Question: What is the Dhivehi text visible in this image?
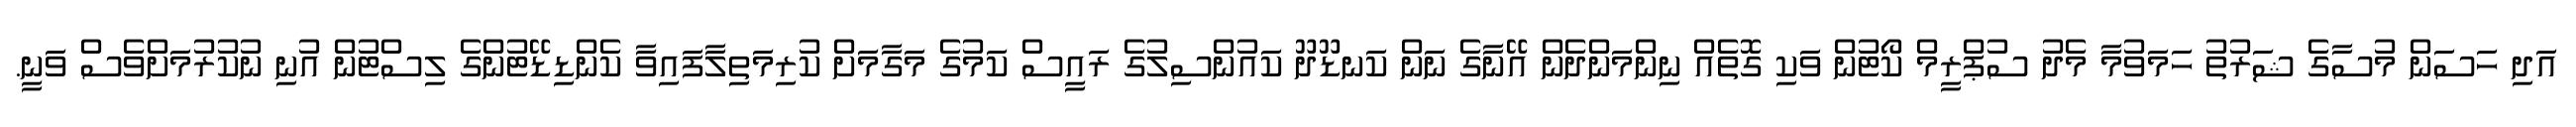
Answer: އަދި ހަސަން މުސާގެ ޝަރުތު ހަމަވުމާ މެދު ސުޕްރީމް ކޯޓުން ވަކި ގޮތެއް ނިންމަންދެން އޭނާގެ ނަން ކަނޑޫދޫ ކައުންސިލުގެ ރައީސް ކަމުގެ މަގާމަށް ކުރިމަތިލާފައިވާ ކެންޑިޑޭޓުންގެ ލިސްޓުން އުނި ނުކުރުމަށްވެސް ވަނީ.